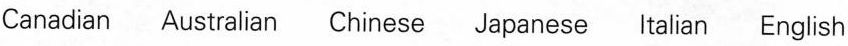
Canadian Australian Chinese Japanese ltalian English